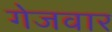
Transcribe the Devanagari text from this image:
गेजवार